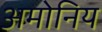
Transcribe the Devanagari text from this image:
अमोनिय